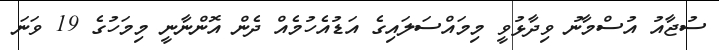
ސުޖާއު އުސްމާނު ވިދާޅުވީ މިމައްސަލައިގެ އަޑުއެހުމެއް ދެން އޮންނާނީ މިމަހުގެ 19 ވަނަ